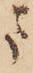
ま